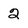
Character: 2